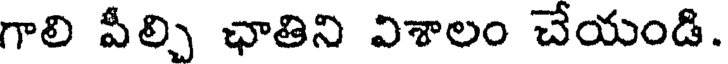
గాలి పీల్చి ఛాతిని విశాలం చేయండి.